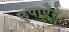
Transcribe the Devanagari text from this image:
छुपाएँगे